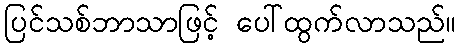
ပြင်သစ်ဘာသာဖြင့် ပေါ်ထွက်လာသည်။